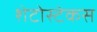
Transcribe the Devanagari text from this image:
शेटोस्टेकस